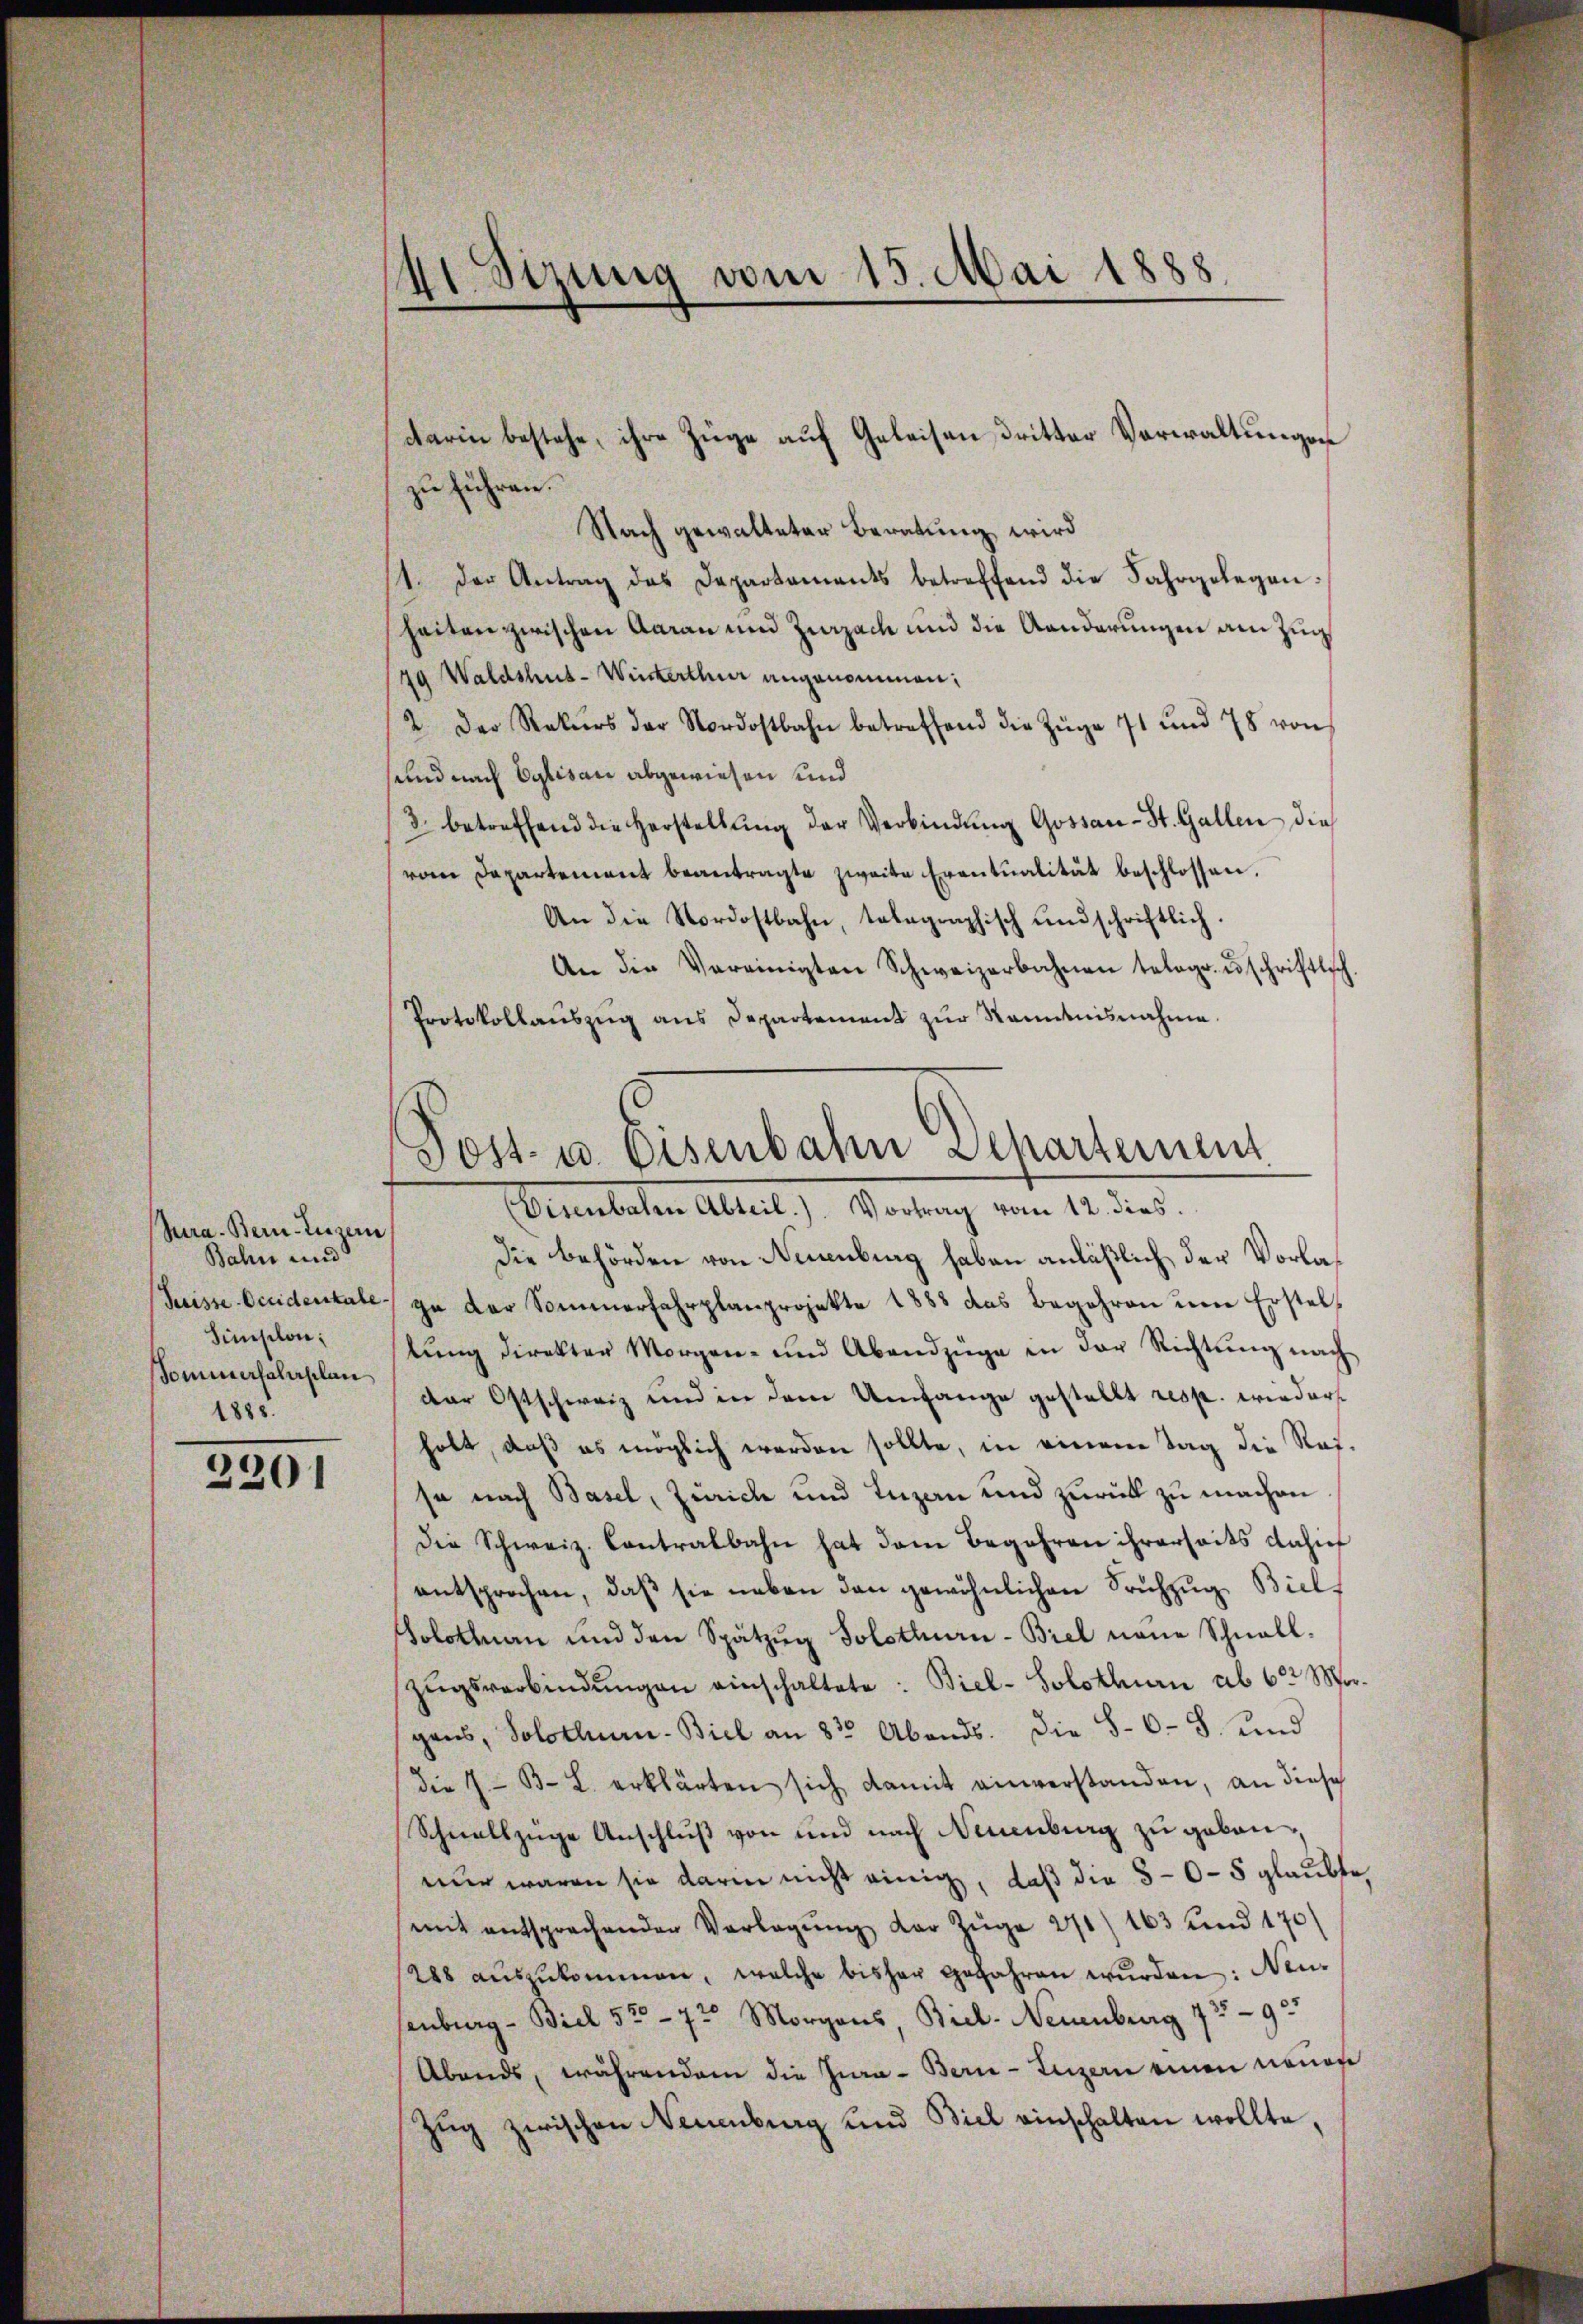
Jura. Bern Luzern
Bahn und
Suisse-Occidentale
Sinsilon;
Tomunerfahrplan
1888.

2201

41 Stzung vom 15. Mai 1888

zu führen.
Nach gewalteter Beratung wird
1 der Antrag das Departaments betreffend die Jahrgelegen-
heiten zwischen Aarau und Zurzach und die Aenderungen am Zug
79 Waldshus-Winterthur angenommen;
2. Der Rekurs der Nordostbahn betreffend die Züge 7t und 78 von
und nach Eglisau abgewiesen und
(3. betreffend die Herstellŭng der Verbindŭng Gossan-St. Gallen dies
vom Departement beantragte zweite Eventualität beschlossen.
An die Nordostbahn, telegraphisch und schriftlich.
An die Vereinigten Schweizerbahnen telegr. ŭschriftlich.
Protokollaŭszŭg ans Departement zŭr Kenntnisnahme.
Die Behörden von Neuenburg haben anläßlich der Vorlage der Sommerfahrplanprojekte 1883 das Begehren um Erstel
lŭng direkter Morgen- und Abendzüge in der Richtŭng nach
dar Ostschweiz und in dem Umfange gestellt resp. wieder
habt, daß es möglich werden sollte, in einem Tag die Ratsa nach Basel, Zürich und Luzen und zurück zu machen
Die Schweiz. Contralbahn hat dem Begehren ihrerseits dahinf
entsprochen, daβ sie neben den gewöhnlichen Sachzug, Biel¬
Solothurn und den Spätzŭg Solothurn-Biel neŭe Schnall-
Zŭgsverbindŭngen einschaltete: Biel- Solothurn ab 6. Mor.
gens, Solothurn. Biel an 8 Abends. die 8-6-3. und
die 7. B. L. erklärten sich damit einverstanden, an diese
Schnellzüge Anschluß von und nach Neuenburg zu geben
nur waren sie darin nicht einig, daß die 80-5 glaubte
mit entsprechenden Verlegŭng der Züge 271) 163 und 170
288 aŭszŭkommen, welche bisher gefahren wŭrden: Neu-
enburg - Biel 52-72 Morgens, Biel- Neuenburg 7392
Abends, währendem die Jura - Berne-Luzern einen neuen
Zug zwischen Neuenburg und Biel einschalten wollte,

darin bestehe, ihre Züge auf Geleisen, dritter Verwaltungen

Post- u. Eisenbahn Departement
Eisenbaten Abteil.) Vortrag vom 12. dies.